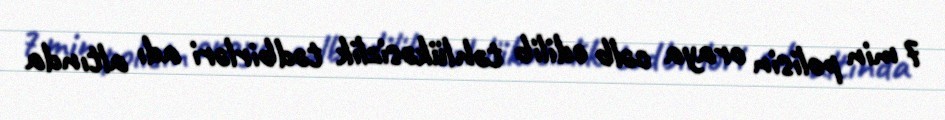
7 min polisin oraya cəlb edilib təhlükəsizlik tədbirləri adı altında